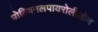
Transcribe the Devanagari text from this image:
पोल्विनलपायरोलीडोन